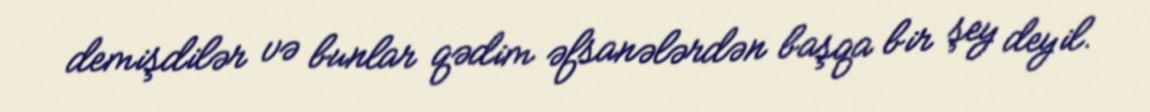
demişdilər və bunlar qədim əfsanələrdən başqa bir şey deyil.